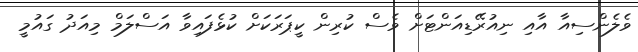
ވެލެންސިއާ އާއި ނިއުރޭޑިއަންޓަށް ވެސް ކުރިން ކީޕަރަކަށް ކުޅެފައިވާ އަސްލަމް މިއަދު ގައުމީ